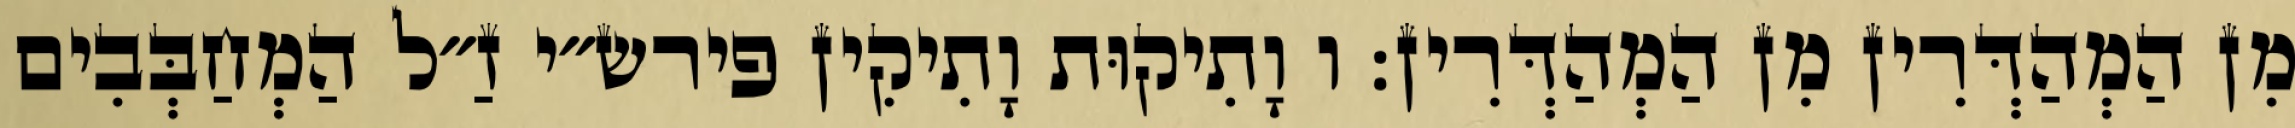
מִן הַמְהַדְּרִין מִן הַמְהַדְּרִין: ו וָתִיקוּת וָתִיקִין פירש״י זַ״ל הַמְחַבְּבִים